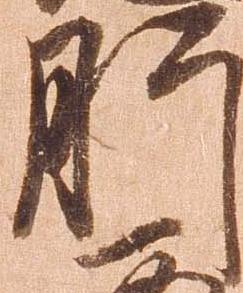
肝